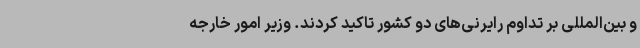
و بین‌المللی بر تداوم رایرنی‌های دو کشور تاکید کردند. وزیر امور خارجه